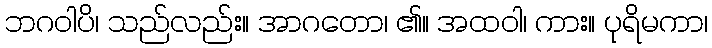
ဘဂဝါပိ၊ သည်လည်း။ အာဂတော၊ ၏။ အထဝါ၊ ကား။ ပုရိမကာ၊